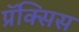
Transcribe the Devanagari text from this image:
प्रॅक्सिस